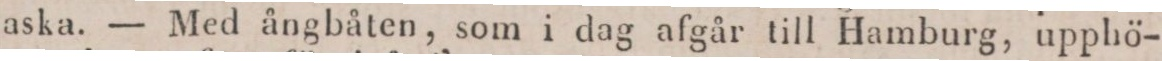
aska. — Med ångbåten, som i dag afgår till Hamburg, upphö-